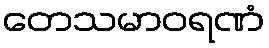
တေသမာဝရဏံ